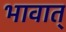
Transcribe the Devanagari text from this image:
भावात्